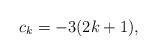
LaTeX: \begin{align*}c_k=-3(2k+1),\end{align*}